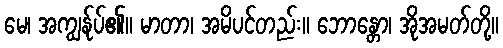
မေ၊ အကျွန်ုပ်၏။ မာတာ၊ အမိပင်တည်း။ ဘောန္တော၊ အိုအမတ်တို့။